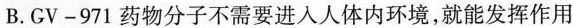
B.GV-971药物分子不需要进入人体内环境，就能发挥作用